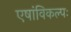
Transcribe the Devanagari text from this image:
एषांविकल्पः